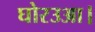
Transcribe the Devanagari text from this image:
घोरउआ।